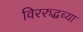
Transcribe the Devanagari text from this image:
विररुद्धच्या